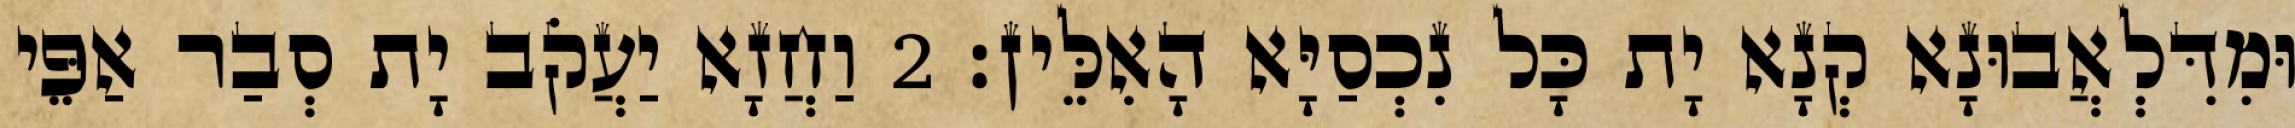
וּמִדִּלְאֲבוּנָא קְנָא יָת כָּל נִכְסַיָּא הָאִלֵּין׃ 2 וַחֲזָא יַעֲקֹב יָת סְבַר אַפֵּי